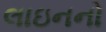
લાઇનનો